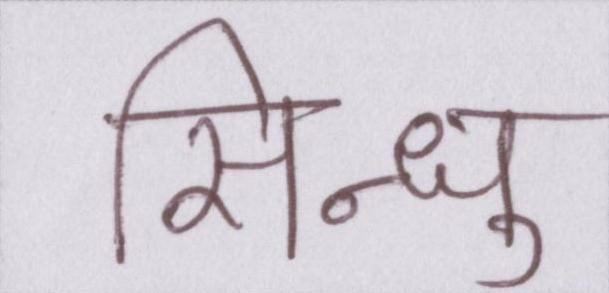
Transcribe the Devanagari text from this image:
सिन्धु